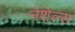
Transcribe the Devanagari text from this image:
नेशेल्स